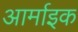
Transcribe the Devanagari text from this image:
आर्माइक